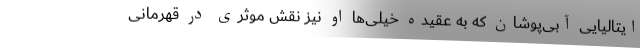
ایتالیایی آبی‌پوشان که به عقیده خیلی‌ها او نیز نقش موثری در قهرمانی